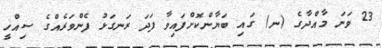
23 ވަނަ މާއްދާގެ (ނ) ގައި ބަޔާންކޮށްފައިވާ ފަދަ ރަނގަޅު ފެންވަރެއްގެ ސިއްހީ